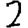
Digit: 2